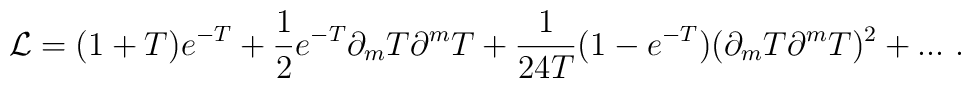
{\cal L}=(1+T)e^{-T}+{1\over2}e^{-T}\partial_m T\partial^m T+{1\over24 T}(1-e^{-T})(\partial_m T\partial^m T)^2+...\ .